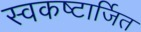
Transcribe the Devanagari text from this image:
स्वकष्टार्जित